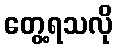
တွေ့ရသလို